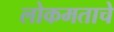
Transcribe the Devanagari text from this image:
लोकमताचे